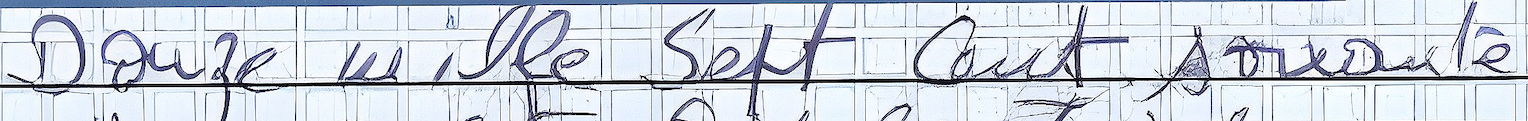
Douze mille Sept cent soixante